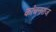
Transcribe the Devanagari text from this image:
कांचनराज